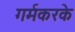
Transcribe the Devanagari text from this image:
गर्मकरके